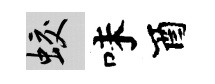
蛟味酉